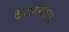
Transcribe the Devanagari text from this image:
पैराग्लाइडर